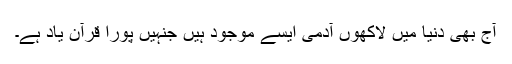
آج بھی دنیا میں لاکھوں آدمی ایسے موجود ہیں جنہیں پورا قرآن یاد ہے۔